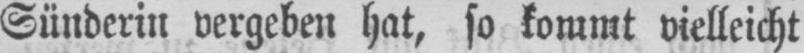
Sünderin vergeben hat, so kommt vielleicht